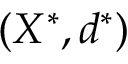
( X ^ { * } , d ^ { * } )